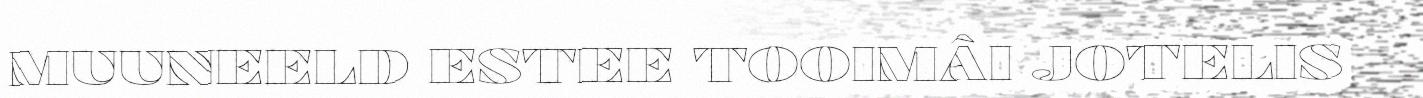
MUUNEELD ESTEE TOOIMÂI JOTELIS